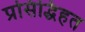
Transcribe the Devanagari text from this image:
प्रसिद्धिहत